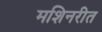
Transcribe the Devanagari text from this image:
मशिनरीत